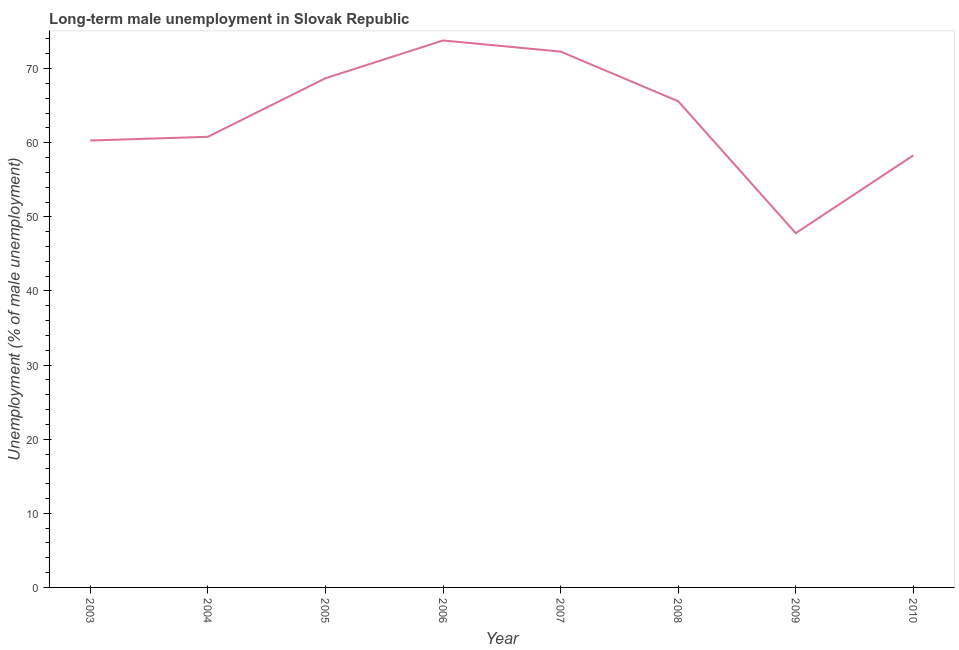
| Year | Long-term unemployment male |
 | --- | --- |
 | 2003 | 60.3 |
 | 2004 | 60.8 |
 | 2005 | 68.7 |
 | 2006 | 73.8 |
 | 2007 | 72.3 |
 | 2008 | 65.6 |
 | 2009 | 47.8 |
 | 2010 | 58.3 |